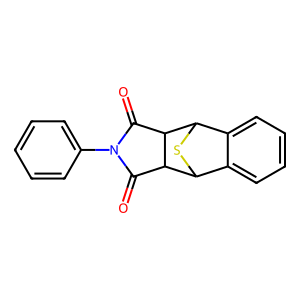
SMILES: O=C1C2C3SC(c4ccccc43)C2C(=O)N1c1ccccc1
Inhibits HIV replication: No